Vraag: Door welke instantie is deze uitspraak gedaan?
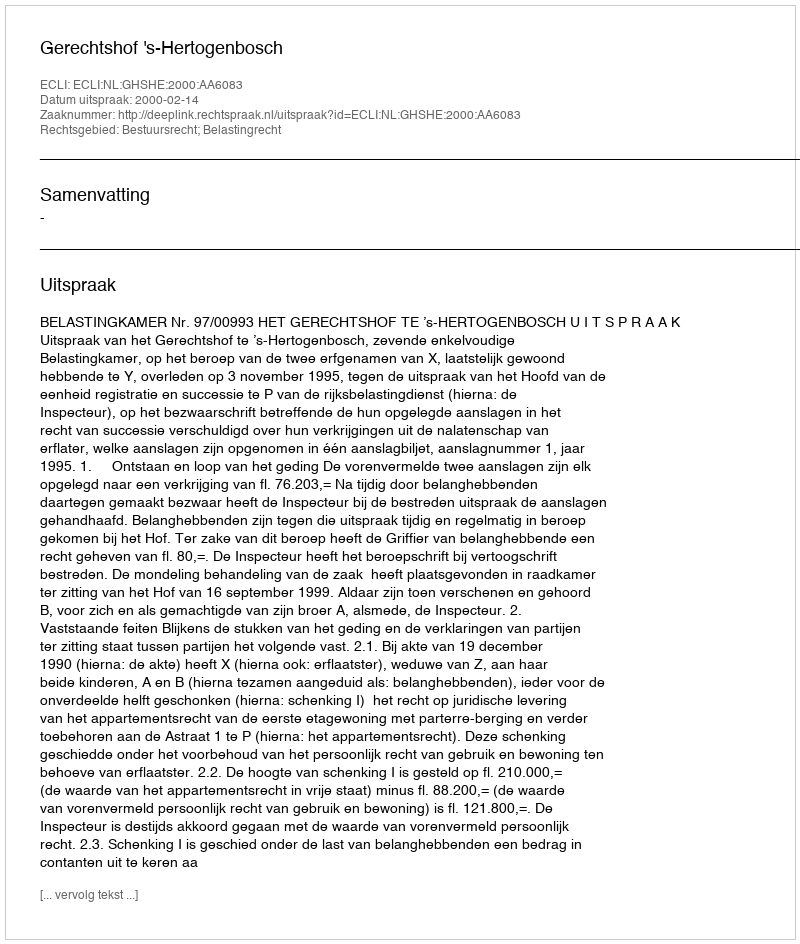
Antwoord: Gerechtshof 's-Hertogenbosch